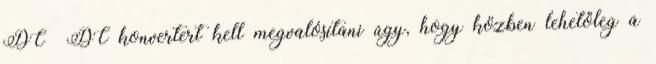
DC DC konvertert kell megvalósítani úgy, hogy közben lehetőleg a